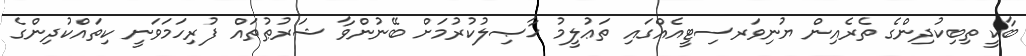
ބާކީ ތިބިކުދިންގެ ތެރެއިން ޔުނިވަރސިޓީއެއްގައި ތަޢުލީމު ޙާޞިލުކުރުމަށް ބޭނުންވާ ޝަރުޠުތައް ފުރިހަމަވަނީ ކިތައްކުދިންގެ